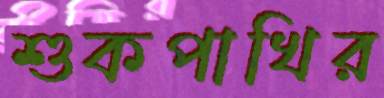
শুকপাখির